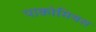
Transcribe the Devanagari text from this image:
पाकोमियस